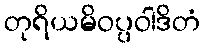
တုရိယမိဝပ္ပဝါဒိတံ